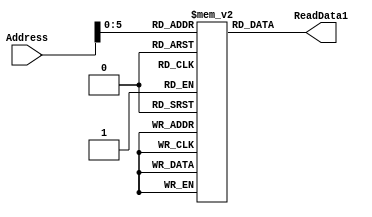
`timescale 1ns / 1ns
module Instruction_Memory(Address, ReadData1);

    parameter BITSIZE = 32;
    parameter REGSIZE = 64;
    input [REGSIZE-1:0] Address;
    output reg [BITSIZE-1:0] ReadData1;

    reg [BITSIZE-1:0] memory_file [0:REGSIZE-1]; // Entire list of memory

    // Asyncronous read of memory. Was not specified.
    always @(Address, memory_file[Address])
    begin
        ReadData1 = memory_file[Address];
    end

    integer i;
    //MY method of filling the memory instead of through a test bench
    initial
    begin
        i = 0;
			memory_file[i] = 32'b11110010100_0000000000000010_00000; //MOVK, [0] value = 10 // 2
			i = i+1;
			memory_file[i] = 32'b11110010100_0000000000000001_00001; //MOVK,[1] value = 01 // 1
			i = i+1;
			memory_file[i] = 32'b11110010100_0000000000000011_00010; //MOVK, [2] value = 11 // 3
			i = i+1;
			
			memory_file[i] = 32'b10001010000_00001_000000_00010_00011; //AND [3] value = 01 // 1
			i = i+1;
			memory_file[i] = 32'b10001011000_00001_000000_00010_00100; //ADO [4] value = 01 // 4
			i = i+1;
			memory_file[i] = 32'b10101010000_00000_000000_00001_00101; //ORR [5] value = 11 // 3
			i = i+1;
			memory_file[i] = 32'b10110100000_0000000000000011_00100; //CBNZ to 3 intructions later
			i = i+1;
            memory_file[i] = 32'b11110010100_0000000000000001_00110; //MOVK [6] value = 1;
			i = i+1;
			memory_file[i] = 32'b11110010100_0000000000000010_00110; //MOVK [6] value = 2;
			i = i+1;
			memory_file[i] = 32'b11110010100_0000000000000011_00110; //MOVK [6] value = 3; +++++++++
			i = i+1;
			memory_file[i] = 32'b11001011000_00001_000000_00010_00111; //SUB [7] value = 10 // 2
			i = i+1;
			memory_file[i] = 32'b00010100000_000000000000000000011; // BRANCH value to 3 intructions later
			i = i+1;
			memory_file[i] = 32'b11110010100_0000000000000001_01000; //MOVK [8] value = 1;
			i = i+1;
			memory_file[i] = 32'b11110010100_0000000000000010_01000; //MOVK [8] value = 2;
			i = i+1;
			memory_file[i] = 32'b11110010100_0000000000000011_01000; //MOVK [8] value = 3; +++++++++
			i = i+1;
	
			memory_file[i] = 32'b11111000000_00000000001_00000_00000; //STUR 2->x(2+1)
			i = i+1;
			memory_file[i] = 32'b11111000010_00000000001_00000_01001; //LUDR [9]
			i = i+1;

    end

endmodule